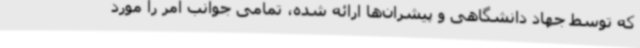
که توسط جهاد دانشگاهی و پیشران‌ها ارائه شده، تمامی جوانب امر را مورد